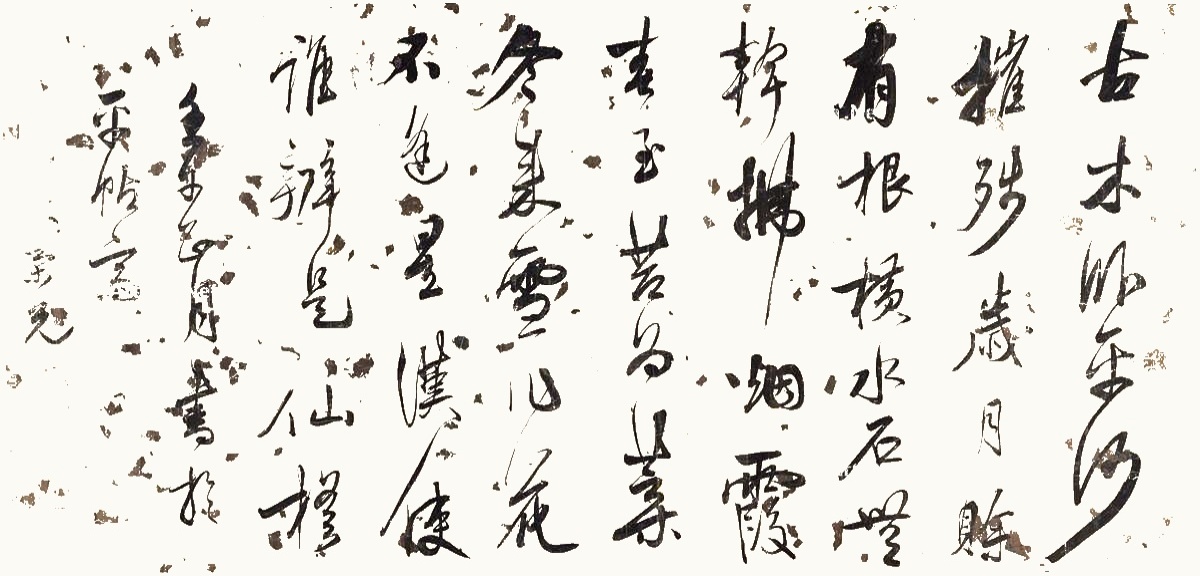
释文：古木卧平沙，摧残岁月赊。有根横水石，无干拂烟霞。春至苔为叶，冬来雪作花。不逢星汉使，谁辨是仙槎。壬午正月书于平帖斋，荣光。